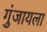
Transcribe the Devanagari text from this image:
गुंजायला